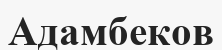
Адамбеков